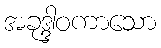
အခုဒ္ဒါဝကာသော